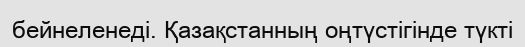
бейнеленеді. Қазақстанның оңтүстігінде түкті